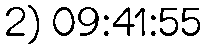
2) 09:41:55